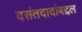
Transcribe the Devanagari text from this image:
वसंतदादांबद्दल